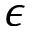
\epsilon